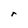
Character: r